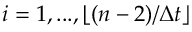
i = 1 , . . . , \lfloor ( n - 2 ) / \Delta t \rfloor